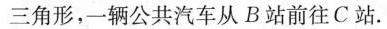
三角形，-辆公共汽车从B站前往C站.